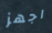
اجهز